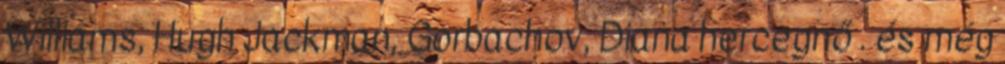
Williams, Hugh Jackman, Gorbachov, Diana hercegnő . és még